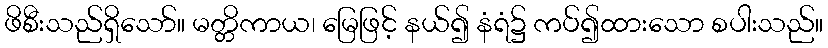
ဖိစီးသည်ရှိသော်။ မတ္တိကာယ၊ မြေဖြင့် နယ်၍ နံရံ၌ ကပ်၍ထားသော စပါးသည်။